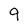
Character: 9